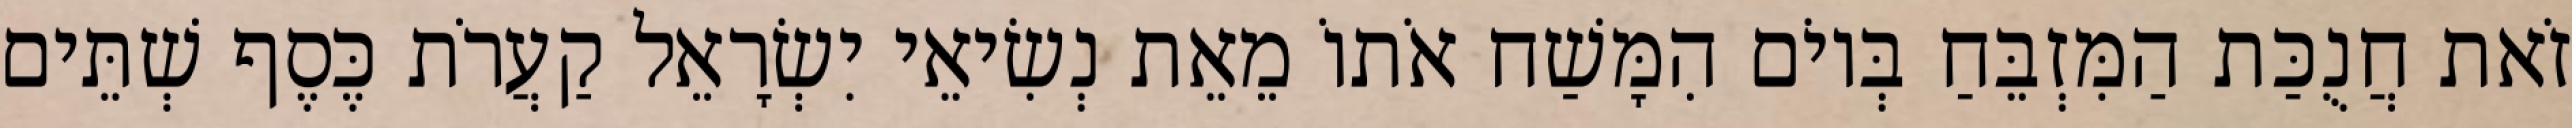
זֹאת חֲנֻכַּת הַמִּזְבֵּחַ בְּיוֹם הִמָּשַׁח אֹתוֹ מֵאֵת נְשִׂיאֵי יִשְׂרָאֵל קַעֲרֹת כֶּסֶף שְׁתֵּים